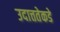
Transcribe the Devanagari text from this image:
उदात्ततेकडे